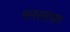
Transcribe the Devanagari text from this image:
नगरवाचन